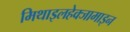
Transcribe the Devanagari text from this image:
मिथाइलहेक्जामाइन